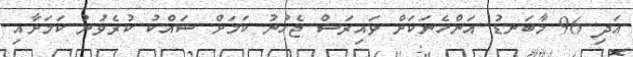
އަދި 96 މާބަނޑު އަންހެނަކަށް ވައިރަސް ޖެހުނު ކަމަށް ޝައްކު ކުރެވުނު ކަމަށާއި